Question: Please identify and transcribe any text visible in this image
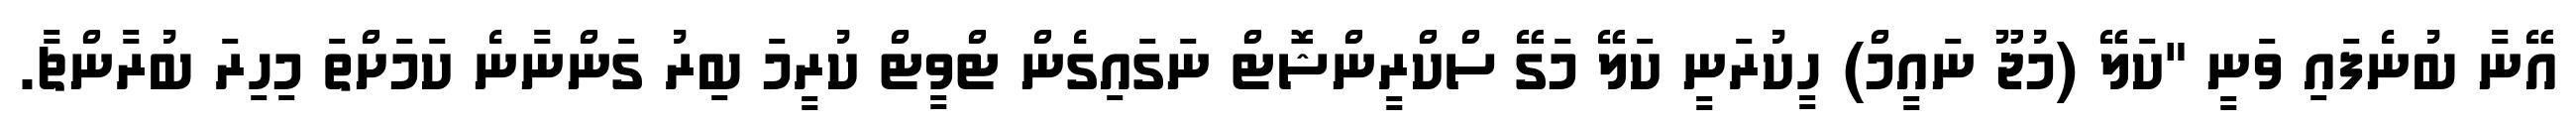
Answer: އޭނާ ބުނެފައި ވަނީ "ކަލޭ (މުޖޫ ނައީމް) ހީކުރަނީ ކަލޭ މަގޭ ސްކްރީންޝޮޓް ނަގައިގެން ޓްވީޓް ކުރީމަ ބިރު ގަންނާނެ ކަމަށްތަ މިހިރަ ބުރާންޗާ.